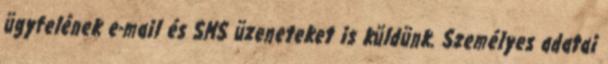
ügyfelének e-mail és SMS üzeneteket is küldünk. Személyes adatai